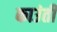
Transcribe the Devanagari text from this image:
काउंती